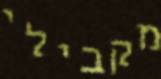
מקבילי